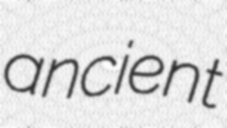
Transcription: ancient